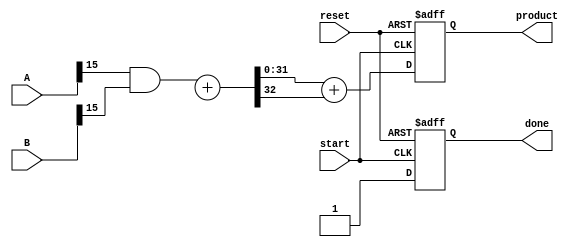
module variable_length_wallace_tree_multiplier #(parameter MAX_WIDTH_A = 16, parameter MAX_WIDTH_B = 16) (
    input [MAX_WIDTH_A-1:0] A,
    input [MAX_WIDTH_B-1:0] B,
    input start,
    input reset,
    output reg [MAX_WIDTH_A + MAX_WIDTH_B - 1:0] product,
    output reg done
);

    reg [MAX_WIDTH_A + MAX_WIDTH_B - 1:0] partial_products[MAX_WIDTH_A + MAX_WIDTH_B - 1:0];
    reg [MAX_WIDTH_A + MAX_WIDTH_B - 1:0] sum;
    reg [MAX_WIDTH_A + MAX_WIDTH_B - 1:0] carry;
    integer i, j, k;

    // Generate partial products
    always @(*) begin
        for (i = 0; i < MAX_WIDTH_A; i = i + 1) begin
            for (j = 0; j < MAX_WIDTH_B; j = j + 1) begin
                partial_products[i + j] = A[i] & B[j];
            end
        end
    end

    // Wallace tree reduction
    always @(posedge start or posedge reset) begin
        if (reset) begin
            product <= 0;
            done <= 0;
        end else begin
            // Initialize sum and carry
            sum = 0;
            carry = 0;

            // Stage 1: Group and reduce partial products
            for (k = 0; k < MAX_WIDTH_A + MAX_WIDTH_B; k = k + 3) begin
                if (k + 2 < MAX_WIDTH_A + MAX_WIDTH_B) begin
                    {carry, sum} = partial_products[k] + partial_products[k + 1] + partial_products[k + 2];
                end else if (k + 1 < MAX_WIDTH_A + MAX_WIDTH_B) begin
                    {carry, sum} = partial_products[k] + partial_products[k + 1];
                end else begin
                    sum = partial_products[k];
                end
            end

            // Stage 2: Final addition
            product = sum + carry;
            done <= 1;
        end
    end

endmodule